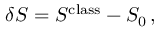
\delta S = S ^ { \mathrm { c l a s s } } - S _ { 0 } \, ,